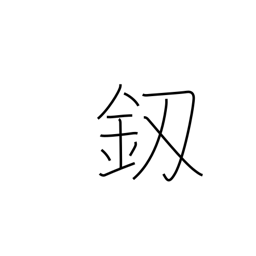
Meaning: dagger